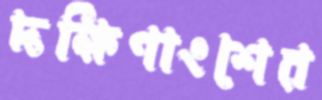
দক্ষিণাংশের